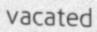
vacated